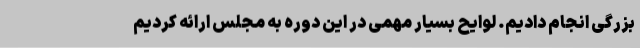
بزرگی انجام دادیم. لوایح بسیار مهمی در این دوره به مجلس ارائه کردیم